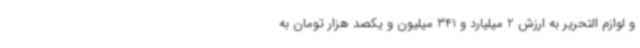
و لوازم التحریر به ارزش 2 میلیارد و 341 میلیون و یکصد هزار تومان به